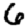
Digit: 6